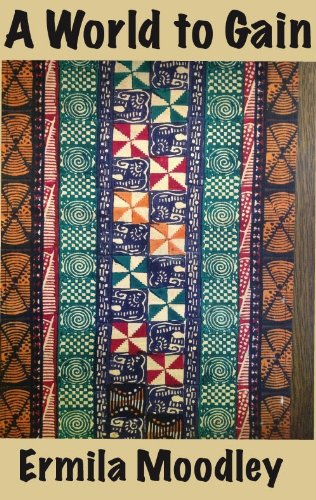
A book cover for A World to Gain; Ermila Moodley; Teen & Young Adult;